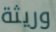
وريثة